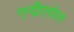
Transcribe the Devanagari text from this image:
एन्द्रीएपोल